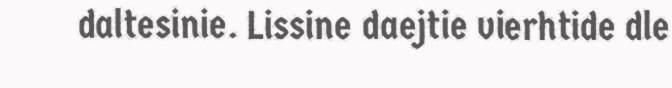
daltesinie. Lissine daejtie vierhtide dle